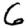
Digit: 6